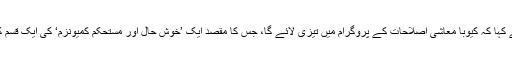
مسٹر کاسترو نے کہا کہ کیوبا معاشی اصلاحات کے پروگرام میں تیزی لائے گا، جس کا مقصد ایک ’خوش حال اور مستحکم کمیونزم‘ کی ایک قسم کی بنیاد ڈالنا ہے۔